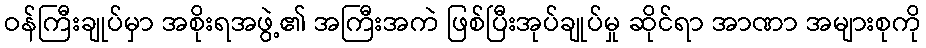
ဝန်ကြီးချုပ်မှာ အစိုးရအဖွဲ့၏ အကြီးအကဲ ဖြစ်ပြီးအုပ်ချုပ်မှု ဆိုင်ရာ အာဏာ အများစုကို